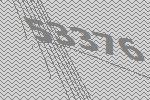
53376